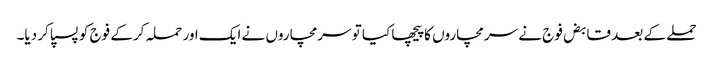
حملے کے بعد قابض فوج نے سرمچاروں کا پیچھا کیا تو سرمچاروں نے ایک اور حملہ کرکے فوج کو پسپا کر دیا۔